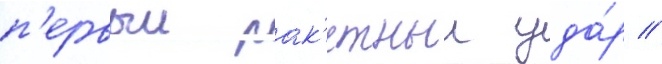
п'ервыи рак'етныи уда́р //